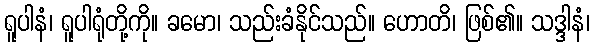
ရူပါနံ၊ ရူပါရုံတို့ကို။ ခမော၊ သည်းခံနိုင်သည်။ ဟောတိ၊ ဖြစ်၏။ သဒ္ဒါနံ၊